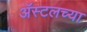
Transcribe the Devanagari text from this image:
ॲस्टलच्या